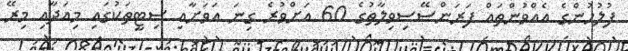
ފުލުހުންގެ އެއްވުންތައް ފަރަންސޭސިވިލާތުގެ 60 އަށްވުރެ ގިނަ އަވަށާއި ސިޓީތަކުގައި މިއަދާއި މިރޭ